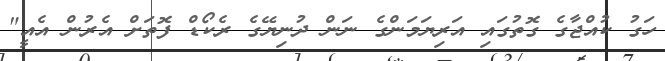
ހަގު ކުއްޖާގެ ގޮތުގައި އަރިޔަމަންގެ ނަން ދުނިޔޭގެ ރެކޯޑް ފޮތަށް އެރުން އެއީ"